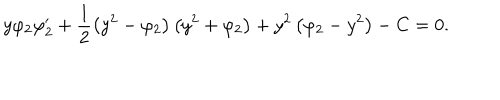
LaTeX: y \varphi _ { 2 } \varphi _ { 2 } ^ { \prime } + \frac { 1 } { 2 } \left( y ^ { 2 } - \varphi _ { 2 } \right) \left( y ^ { 2 } + \varphi _ { 2 } \right) + y ^ { 2 } \left( \varphi _ { 2 } - y ^ { 2 } \right) - C = 0 .